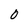
Character: 0